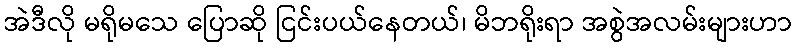
အဲဒီလို မရိုမသေ ပြောဆို ငြင်းပယ်နေတယ်၊ မိဘရိုးရာ အစွဲအလမ်းများဟာ